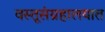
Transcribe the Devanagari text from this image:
वस्तूसंग्रहालयात